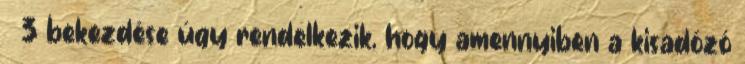
§ 3 bekezdése úgy rendelkezik, hogy amennyiben a kisadózó